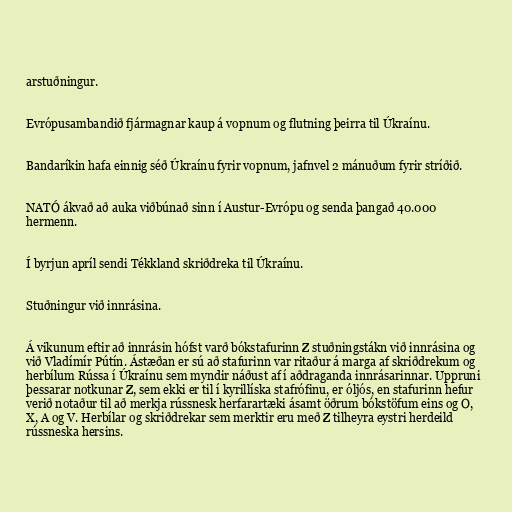
arstuðningur.

Evrópusambandið fjármagnar kaup á vopnum og flutning þeirra til Úkraínu.

Bandaríkin hafa einnig séð Úkraínu fyrir vopnum, jafnvel 2 mánuðum fyrir stríðið.

NATÓ ákvað að auka viðbúnað sinn í Austur-Evrópu og senda þangað 40.000
hermenn.

Í byrjun apríl sendi Tékkland skriðdreka til Úkraínu.

Stuðningur við innrásina.

Á vikunum eftir að innrásin hófst varð bókstafurinn Z stuðningstákn við innrásina og
við Vladímír Pútín. Ástæðan er sú að stafurinn var ritaður á marga af skriðdrekum og
herbílum Rússa í Úkraínu sem myndir náðust af í aðdraganda innrásarinnar. Uppruni
þessarar notkunar Z, sem ekki er til í kyrillíska stafrófinu, er óljós, en stafurinn hefur
verið notaður til að merkja rússnesk herfarartæki ásamt öðrum bókstöfum eins og O,
X, A og V. Herbílar og skriðdrekar sem merktir eru með Z tilheyra eystri herdeild
rússneska hersins.